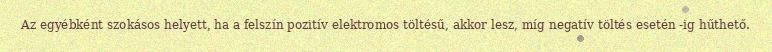
Az egyébként szokásos helyett, ha a felszín pozitív elektromos töltésű, akkor lesz, míg negatív töltés esetén -ig hűthető.